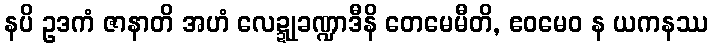
နပိ ဥဒကံ ဇာနာတိ အဟံ လေဍ္ဍုခဏ္ဍာဒီနိ တေမေမီတိ, ဧဝမေဝ န ယကနဿ